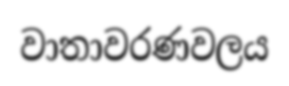
වාතාවරණවලය